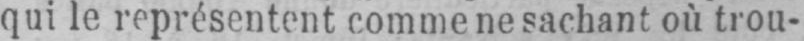
qui le représentent comme ne sachant où trou-